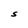
Character: S